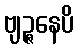
ဗျဉ္ဇနေပိ